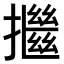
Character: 𢷖